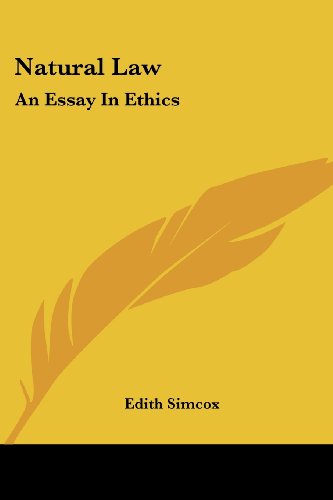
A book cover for Natural Law: An Essay In Ethics; Edith Simcox; Law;